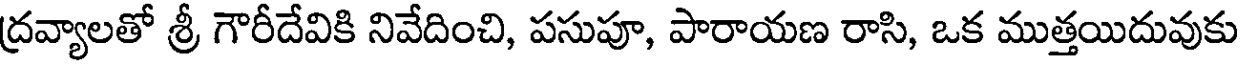
ద్రవ్యాలతో శ్రీ గౌరీదేవికి నివేదించి, పసుపూ, పారాయణ రాసి, ఒక ముత్తయిదువుకు